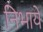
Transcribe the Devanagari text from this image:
निभायें